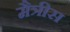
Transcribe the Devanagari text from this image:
मैत्रीस